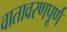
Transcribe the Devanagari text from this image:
वातावरणपूर्ण